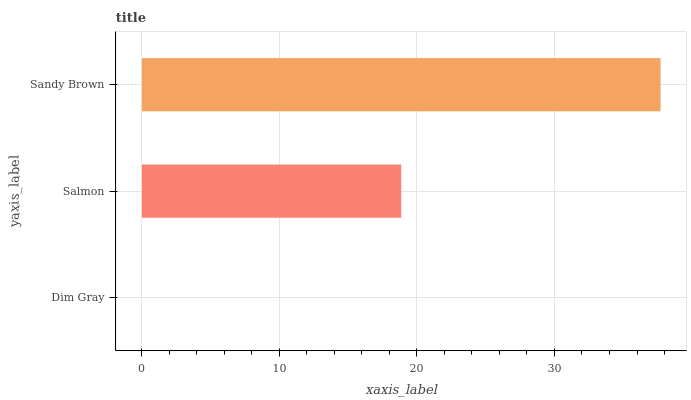
| yaxis_label | bars |
 | --- | --- |
 | Dim Gray | 0 |
 | Salmon | 18.9 |
 | Sandy Brown | 37.7 |